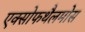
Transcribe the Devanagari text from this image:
एक्सोफथैलमोस